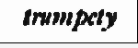
trumpety